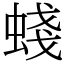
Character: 䗃